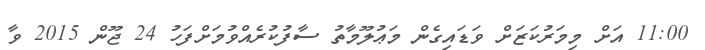
11:00 އަށް މިމަރުކަޒަށް ވަޑައިގެން މަޢުލޫމާތު ސާފުކުރެއްވުމަށްފަހު 24 ޖޫން 2015 ވާ